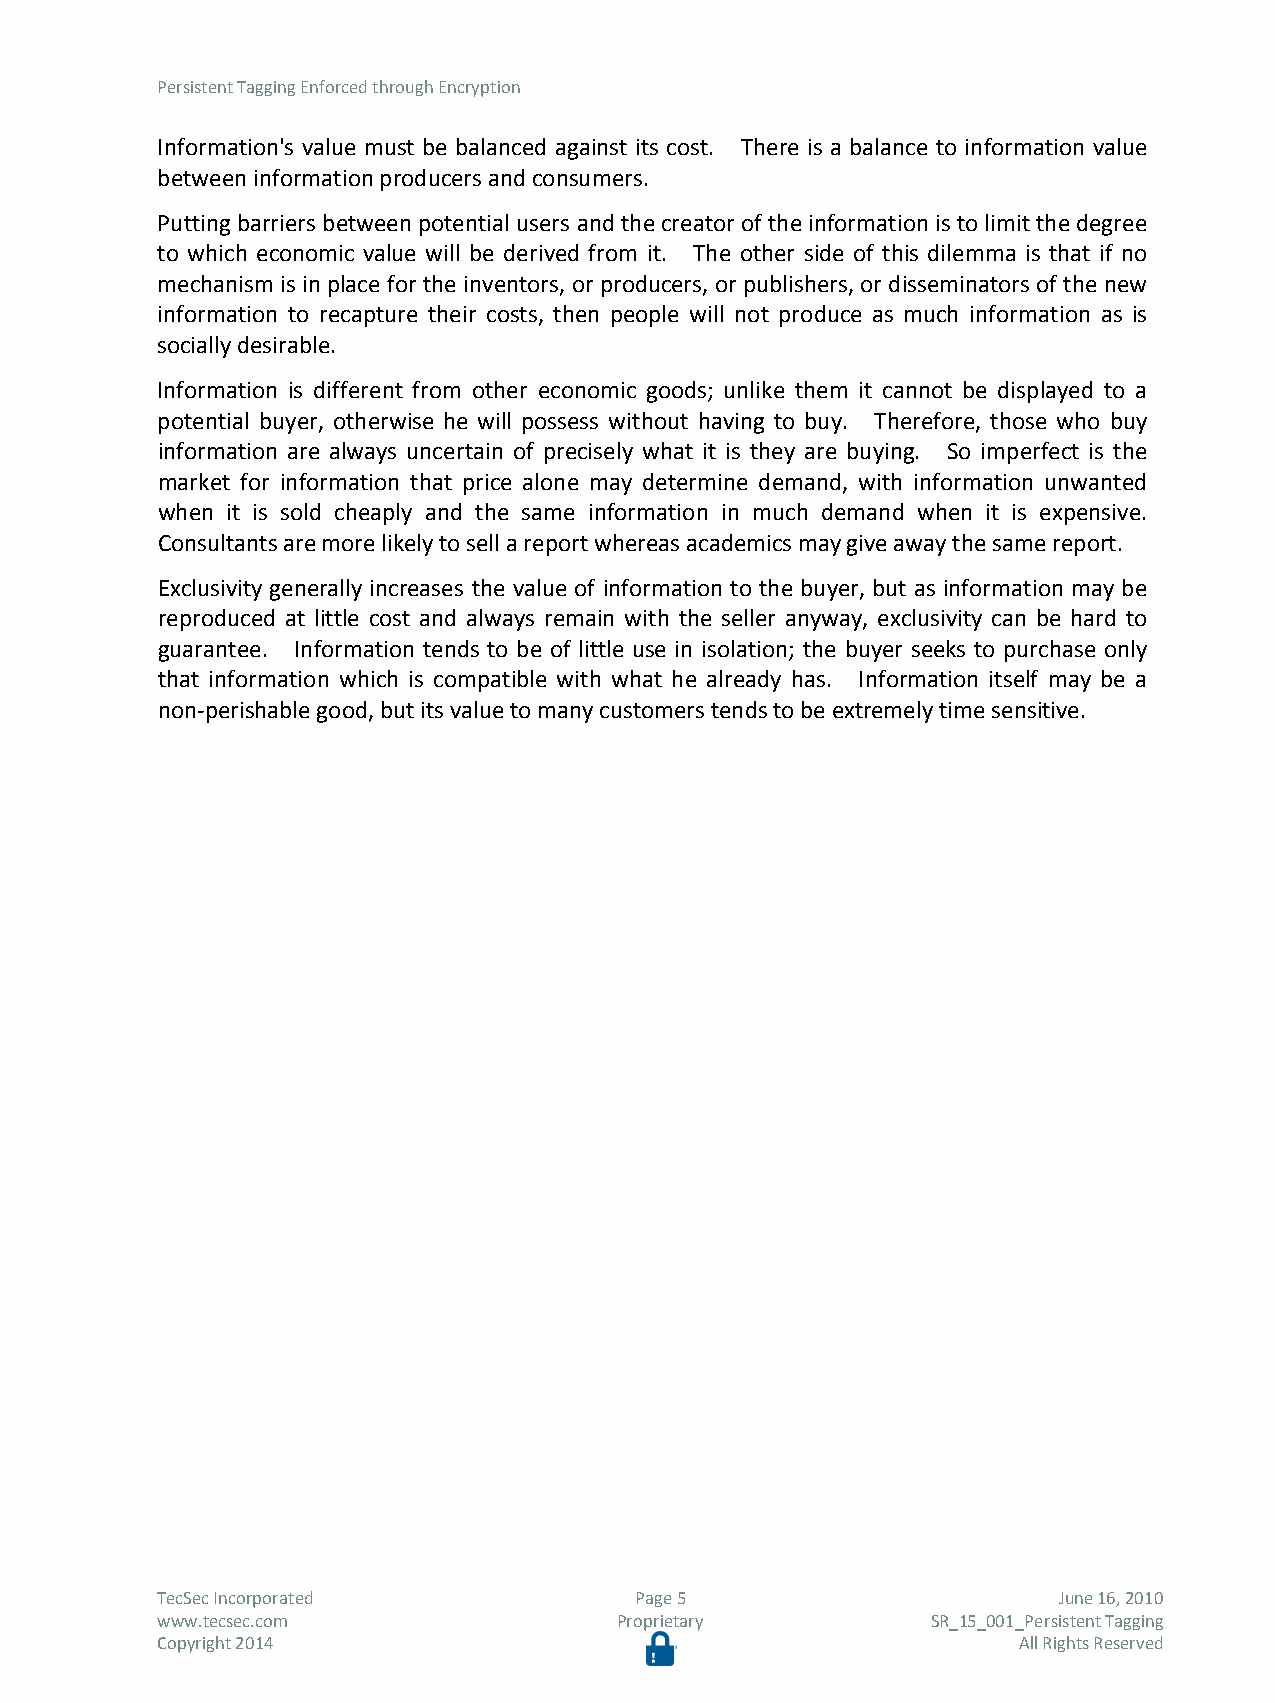
Persistent Tagging Enforced through Encryption
 Information's value must be balanced against its cost. There is a balance to information value
 between information producers and consumers.
 Putting barriers between potential users and the creator of the information is to limit the degree
 to which economic value will be derived from it. The other side of this dilemma is that if no
 mechanism is in place for the inventors, or producers, or publishers, or disseminators of the new
 information to recapture their costs, then people will not produce as much information as is
 socially desirable.
 Information is different from other economic goods; unlike them it cannot be displayed to a
 potential buyer, otherwise he will possess without having to buy. Therefore, those who buy
 information are always uncertain of precisely what it is they are buying. So imperfect is the
 market for information that price alone may determine demand, with information unwanted
 when it is sold cheaply and the same information in much demand when it is expensive.
 Consultants are more likely to sell a report whereas academics may give away the same report.
 Exclusivity generally increases the value of information to the buyer, but as information may be
 reproduced at little cost and always remain with the seller anyway, exclusivity can be hard to
 guarantee. Information tends to be of little use in isolation; the buyer seeks to purchase only
 that information which is compatible with what he already has. Information itself may be a
 non-perishable good, but its value to many customers tends to be extremely time sensitive.
 TecSec Incorporated             Page 5                      June 16, 2010
 www.tecsec.com                 Proprietary          SR_15_001_Persistent Tagging
 Copyright 2014                                           All Rights Reserved